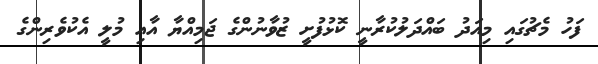
ފަހު މެޗުގައި މިއަދު ބައްދަލުކުރާނީ ކޮޅުފުށީ ޒުވާނުންގެ ޖަމިއްޔާ އާއި މުލީ އެކުވެރިންގެ